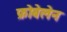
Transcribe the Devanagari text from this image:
फ्रोबेलेन